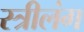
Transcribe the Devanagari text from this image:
स्त्रीलंग